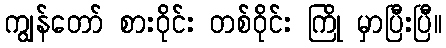
ကျွန်တော် စားဝိုင်း တစ်ဝိုင်း ကြို မှာပြီးပြီ။